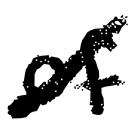
Text: of
Cross-out: diagonal
Writing tool: digital_black